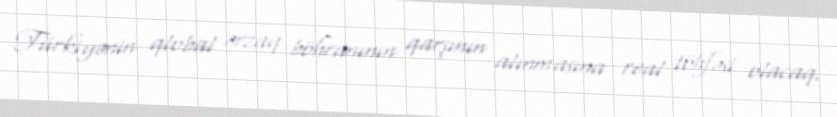
Türkiyənin qlobal ərzaq böhranının qarşının alınmasına real töhfəsi olacaq.